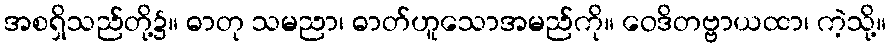
အစရှိသည်တို့၌။ ဓာတု သမညာ၊ ဓာတ်ဟူသောအမည်ကို။ ဝေဒိတဗ္ဗာယထာ၊ ကဲ့သို့။